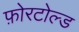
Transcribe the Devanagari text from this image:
फ़ोरटोल्ड